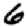
Digit: 6